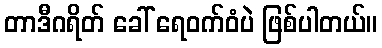
တာဒီဂရိတ် ခေါ် ရေဝက်ဝံပဲ ဖြစ်ပါတယ်။